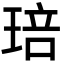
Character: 琣